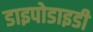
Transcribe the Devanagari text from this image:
डाइपोडाइडी